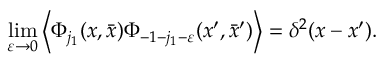
\operatorname * { l i m } _ { \varepsilon \rightarrow 0 } \left\langle \Phi _ { j _ { 1 } } ( x , \bar { x } ) \Phi _ { - 1 - j _ { 1 } - \varepsilon } ( x ^ { \prime } , \bar { x } ^ { \prime } ) \right\rangle = \delta ^ { 2 } ( x - x ^ { \prime } ) .